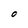
Character: O